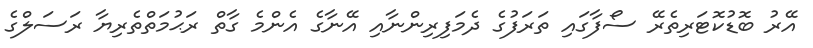
އޭރު ބޮޑުކޮޓަރިތެރޭ ސޯފާގައި ތަރަފުގެ ދެމަފިރިންނާއި އޭނާގެ އެންމެ ގާތް ރަޙުމަތްތެރިޔާ ރަސަލްގެ